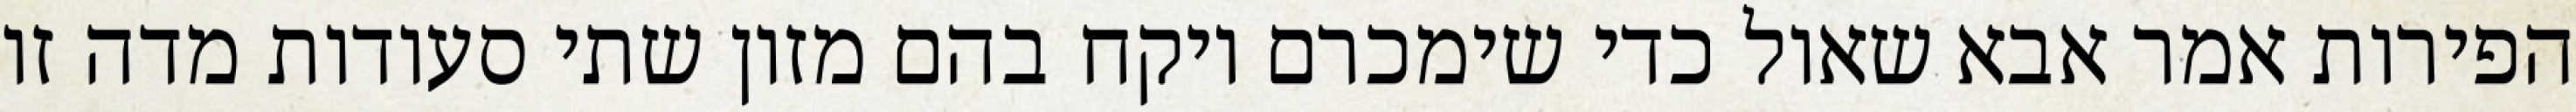
הפירות אמר אבא שאול כדי שימכרם ויקח בהם מזון שתי סעודות מדה זו